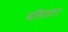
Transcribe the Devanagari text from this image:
बख्यियार